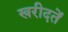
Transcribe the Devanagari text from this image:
खरीदतें